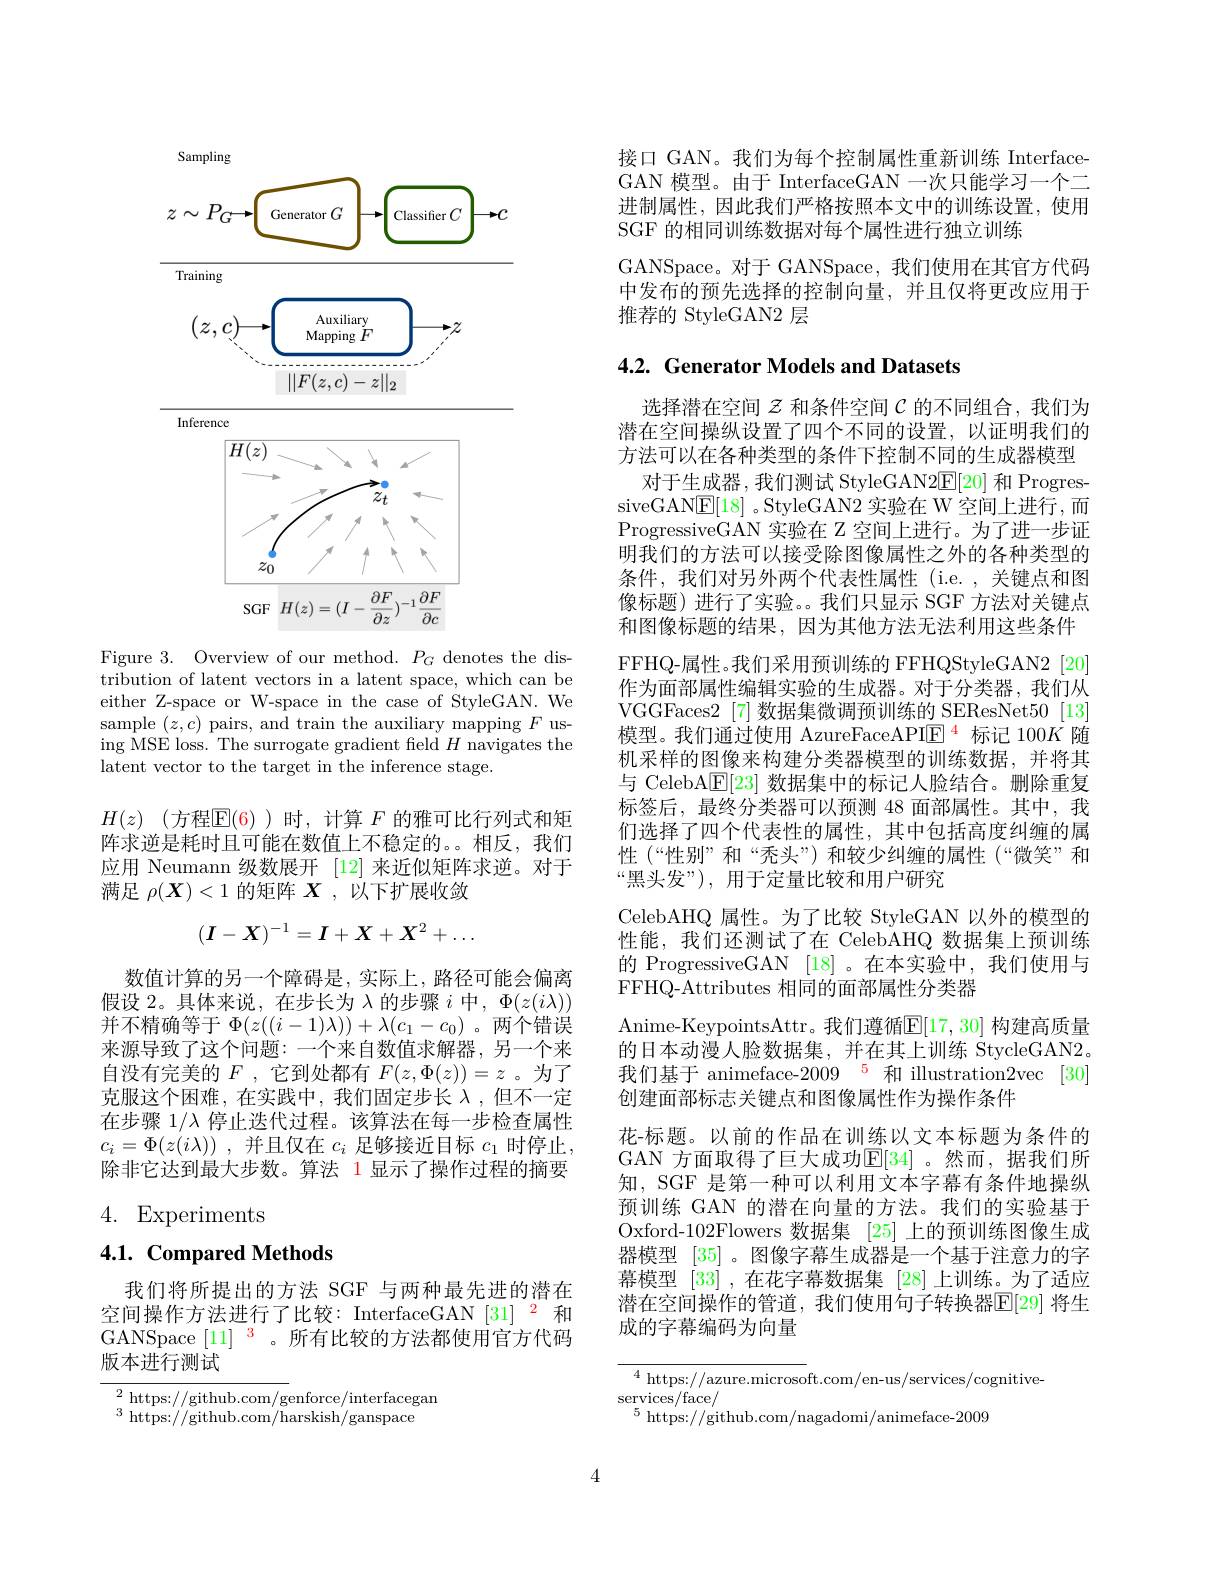
<FigureHere>

Figure 3. Overview of our method. $P_G$ denotes the distribution of latent vectors in a latent space, which can be either Z-space or W-space in the case of StyleGAN. We sample $(z,c)$ pairs, and train the auxiliary mapping $F$ using MSE loss. The surrogate gradient field $H$ navigates the latent vector to the target in the inference stage.

$H( z)$ (方程$\mathbb{E}(6)$ )时，计算 $F$ 的雅可比行列式和矩阵求逆是耗时且可能在数值上不稳定的。相反，我们

应用 Neumann 级数展开 [12] 来近似矩阵求逆。对于
满足$\rho(\boldsymbol{X})<1$的矩阵$\boldsymbol X$,以下扩展收敛
$$(I-X)^{-1}=I+X+X^2+\ldots $$
数值计算的另一个障碍是，实际上，路径可能会偏离假设 2。具体来说，在步长为 λ 的步骤 $i$ 中$,\Phi(z(i\lambda))$ 并不精确等于$\Phi(z((i-1)\lambda))+\lambda(c_1-c_0)$ 。两个错误来源导致了这个问题：一个来自数值求解器，另一个来自没有完美的$F$ ,它到处都有$F(z,\Phi(z))=z$ 。为了克服这个困难，在实践中，我们固定步长入，但不一定在步骤 1/入 停止迭代过程。该算法在每一步检查属性$c_{i}= \Phi ( z( i\lambda ) )$ ,并且仅在$c_i$足够接近目标$c_1$时停止， 除非它达到最大步数。算法 1 显示了操作过程的摘要

4. Experiments

4.1. Compared Methods

我们将所提出的方法 SGF 与两种最先进的潜在空间操作方法进行了比较：InterfaceGAN [31] $^{2}$和GANSpace $[11]^{3}$。所有比较的方法都使用官方代码版本进行测试

${\frac{2\:\mathrm{https:}//\mathrm{github.com/g}}{\mathrm{enforce/interfacegan}}}$
$^{3}$ https://github.com/harskish$^\prime/$ganspace

接口 GAN。我们为每个控制属性重新训练 InterfaceGAN 模型。由于 InterfaceGAN 一次只能学习一个二进制属性，因此我们严格按照本文中的训练设置，使用SGF 的相同训练数据对每个属性进行独立训练
GANSpace。对于 GANSpace, 我们使用在其官方代码中发布的预先选择的控制向量，并且仅将更改应用于推荐的 StyleGAN2 层

# 4.2. Generator Models and Datasets

选择潜在空间$\mathcal{Z}$和条件空间$\mathcal{C}$的不同组合，我们为潜在空间操纵设置了四个不同的设置，以证明我们的方法可以在各种类型的条件下控制不同的生成器模型
对于生成器，我们测试 StyleGAN2$\underline{\mathrm{E}}[20]$和 ProgressiveGAN$\boxed{\mathrm{E}}[18]$ 。StyleGAN2 实验在 W 空间上进行，而ProgressiveGAN 实验在 Z 空间上进行。为了进一步证明我们的方法可以接受除图像属性之外的各种类型的条件，我们对另外两个代表性属性(i.e.,关键点和图像标题)进行了实验。我们只显示 SGF 方法对关键点和图像标题的结果，因为其他方法无法利用这些条件FFHQ-属性。我们采用预训练的 FFHQStyleGAN2[20] 作为面部属性编辑实验的生成器。对于分类器，我们从VGGFaces2 [7] 数据集微调预训练的 SEResNet50 [13] 模型。我们通过使用 AzureFaceAPI$\boxed{\mathrm{E}}^{4}$标记 100$K$随机采样的图像来构建分类器模型的训练数据，并将其与 CelebA$\mathbb{E}[23]$数据集中的标记人脸结合。删除重复标签后，最终分类器可以预测 48 面部属性。其中，我们选择了四个代表性的属性，其中包括高度纠缠的属性 (“性别”和“秃头”)和较少纠缠的属性 (“微笑”和“黑头发”), 用于定量比较和用户研究
CelebAHQ 属性。为了比较 StyleGAN 以外的模型的性能，我们还测试了在 CelebAHQ 数据集上预训练的 ProgressiveGAN [18]。在本实验中，我们使用与FFHQ-Attributes 相同的面部属性分类器
Anime-KeypointsAttr。我们遵循$\mathbb{E}[17,30]$ 构建高质量的日本动漫人脸数据集，并在其上训练 StycleGAN2。我们基于 animeface-2009 5 和 illustration2vec [30] 创建面部标志关键点和图像属性作为操作条件
花-标题。以前的作品在训练以文本标题为条件的GAN 方面取得了巨大成功$\mathbb{E}[34]$。然而，据我们所知，SGF 是第一种可以利用文本字幕有条件地操纵预训练 GAN 的潜在向量的方法。我们的实验基于Oxford-102Flowers 数据集[25]上的预训练图像生成器模型[35] 。图像字幕生成器是一个基于注意力的字幕模型[33] ,在花字幕数据集[28]上训练。为了适应潜在空间操作的管道，我们使用句子转换器$\mathbb{E}[29]$ 将生成的字幕编码为向量

$^{4}$ https://azure.microsoft.com/en-us/services/cognitive-
$\operatorname{services}/\operatorname{face}/$
$^5$ https://github.com/nagadomi/animeface-2009

4